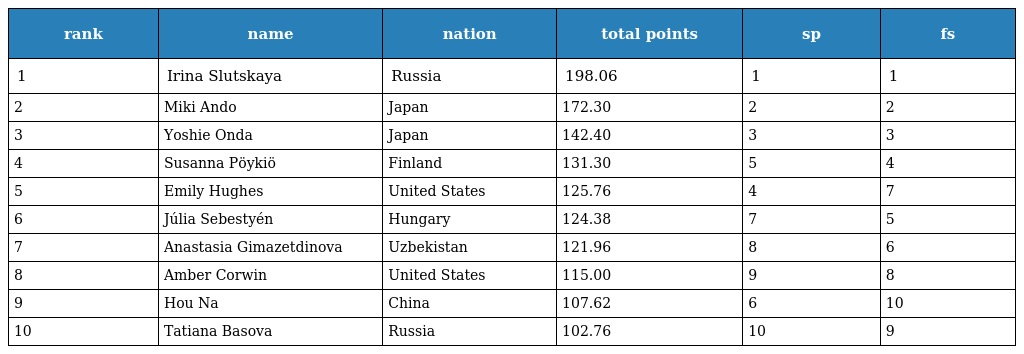
| rank | name | nation | total points | sp | fs |
 | --- | --- | --- | --- | --- | --- |
 | 1 | Irina Slutskaya | Russia | 198.06 | 1 | 1 |
 | 2 | Miki Ando | Japan | 172.30 | 2 | 2 |
 | 3 | Yoshie Onda | Japan | 142.40 | 3 | 3 |
 | 4 | Susanna Pöykiö | Finland | 131.30 | 5 | 4 |
 | 5 | Emily Hughes | United States | 125.76 | 4 | 7 |
 | 6 | Júlia Sebestyén | Hungary | 124.38 | 7 | 5 |
 | 7 | Anastasia Gimazetdinova | Uzbekistan | 121.96 | 8 | 6 |
 | 8 | Amber Corwin | United States | 115.00 | 9 | 8 |
 | 9 | Hou Na | China | 107.62 | 6 | 10 |
 | 10 | Tatiana Basova | Russia | 102.76 | 10 | 9 |